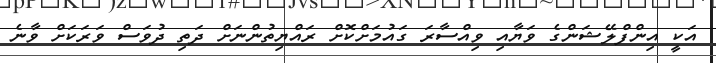
އަކީ އިންފްލޭޝަންގެ ވަޔާއި ވިއްސާރަ ގައުމަށްކޮށް ރައްޔިތުންނަށް ދަތި ދުވަސް ވަރަކަށް ވާނެ